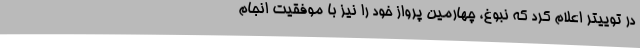
در توییتر اعلام کرد که نبوغ، چهارمین پرواز خود را نیز با موفقیت انجام